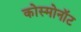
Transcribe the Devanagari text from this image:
कोस्मोनॉट